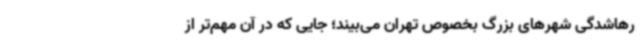
رهاشدگی شهرهای بزرگ بخصوص تهران می‌بیند؛ جایی که در آن مهم‌تر از